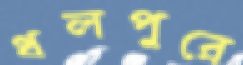
ধলপুরে